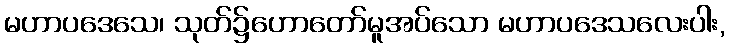
မဟာပဒေသေ၊ သုတ်၌ဟောတော်မူအပ်သော မဟာပဒေသလေးပါး,